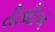
તીથીએ